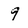
Character: 9